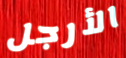
الأرجل